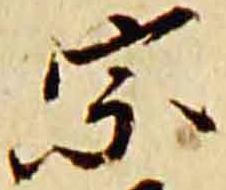
宗